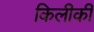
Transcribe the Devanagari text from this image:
किलीकी